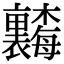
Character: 𬅗